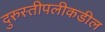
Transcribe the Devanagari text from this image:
दुरुस्तीपलीकडील